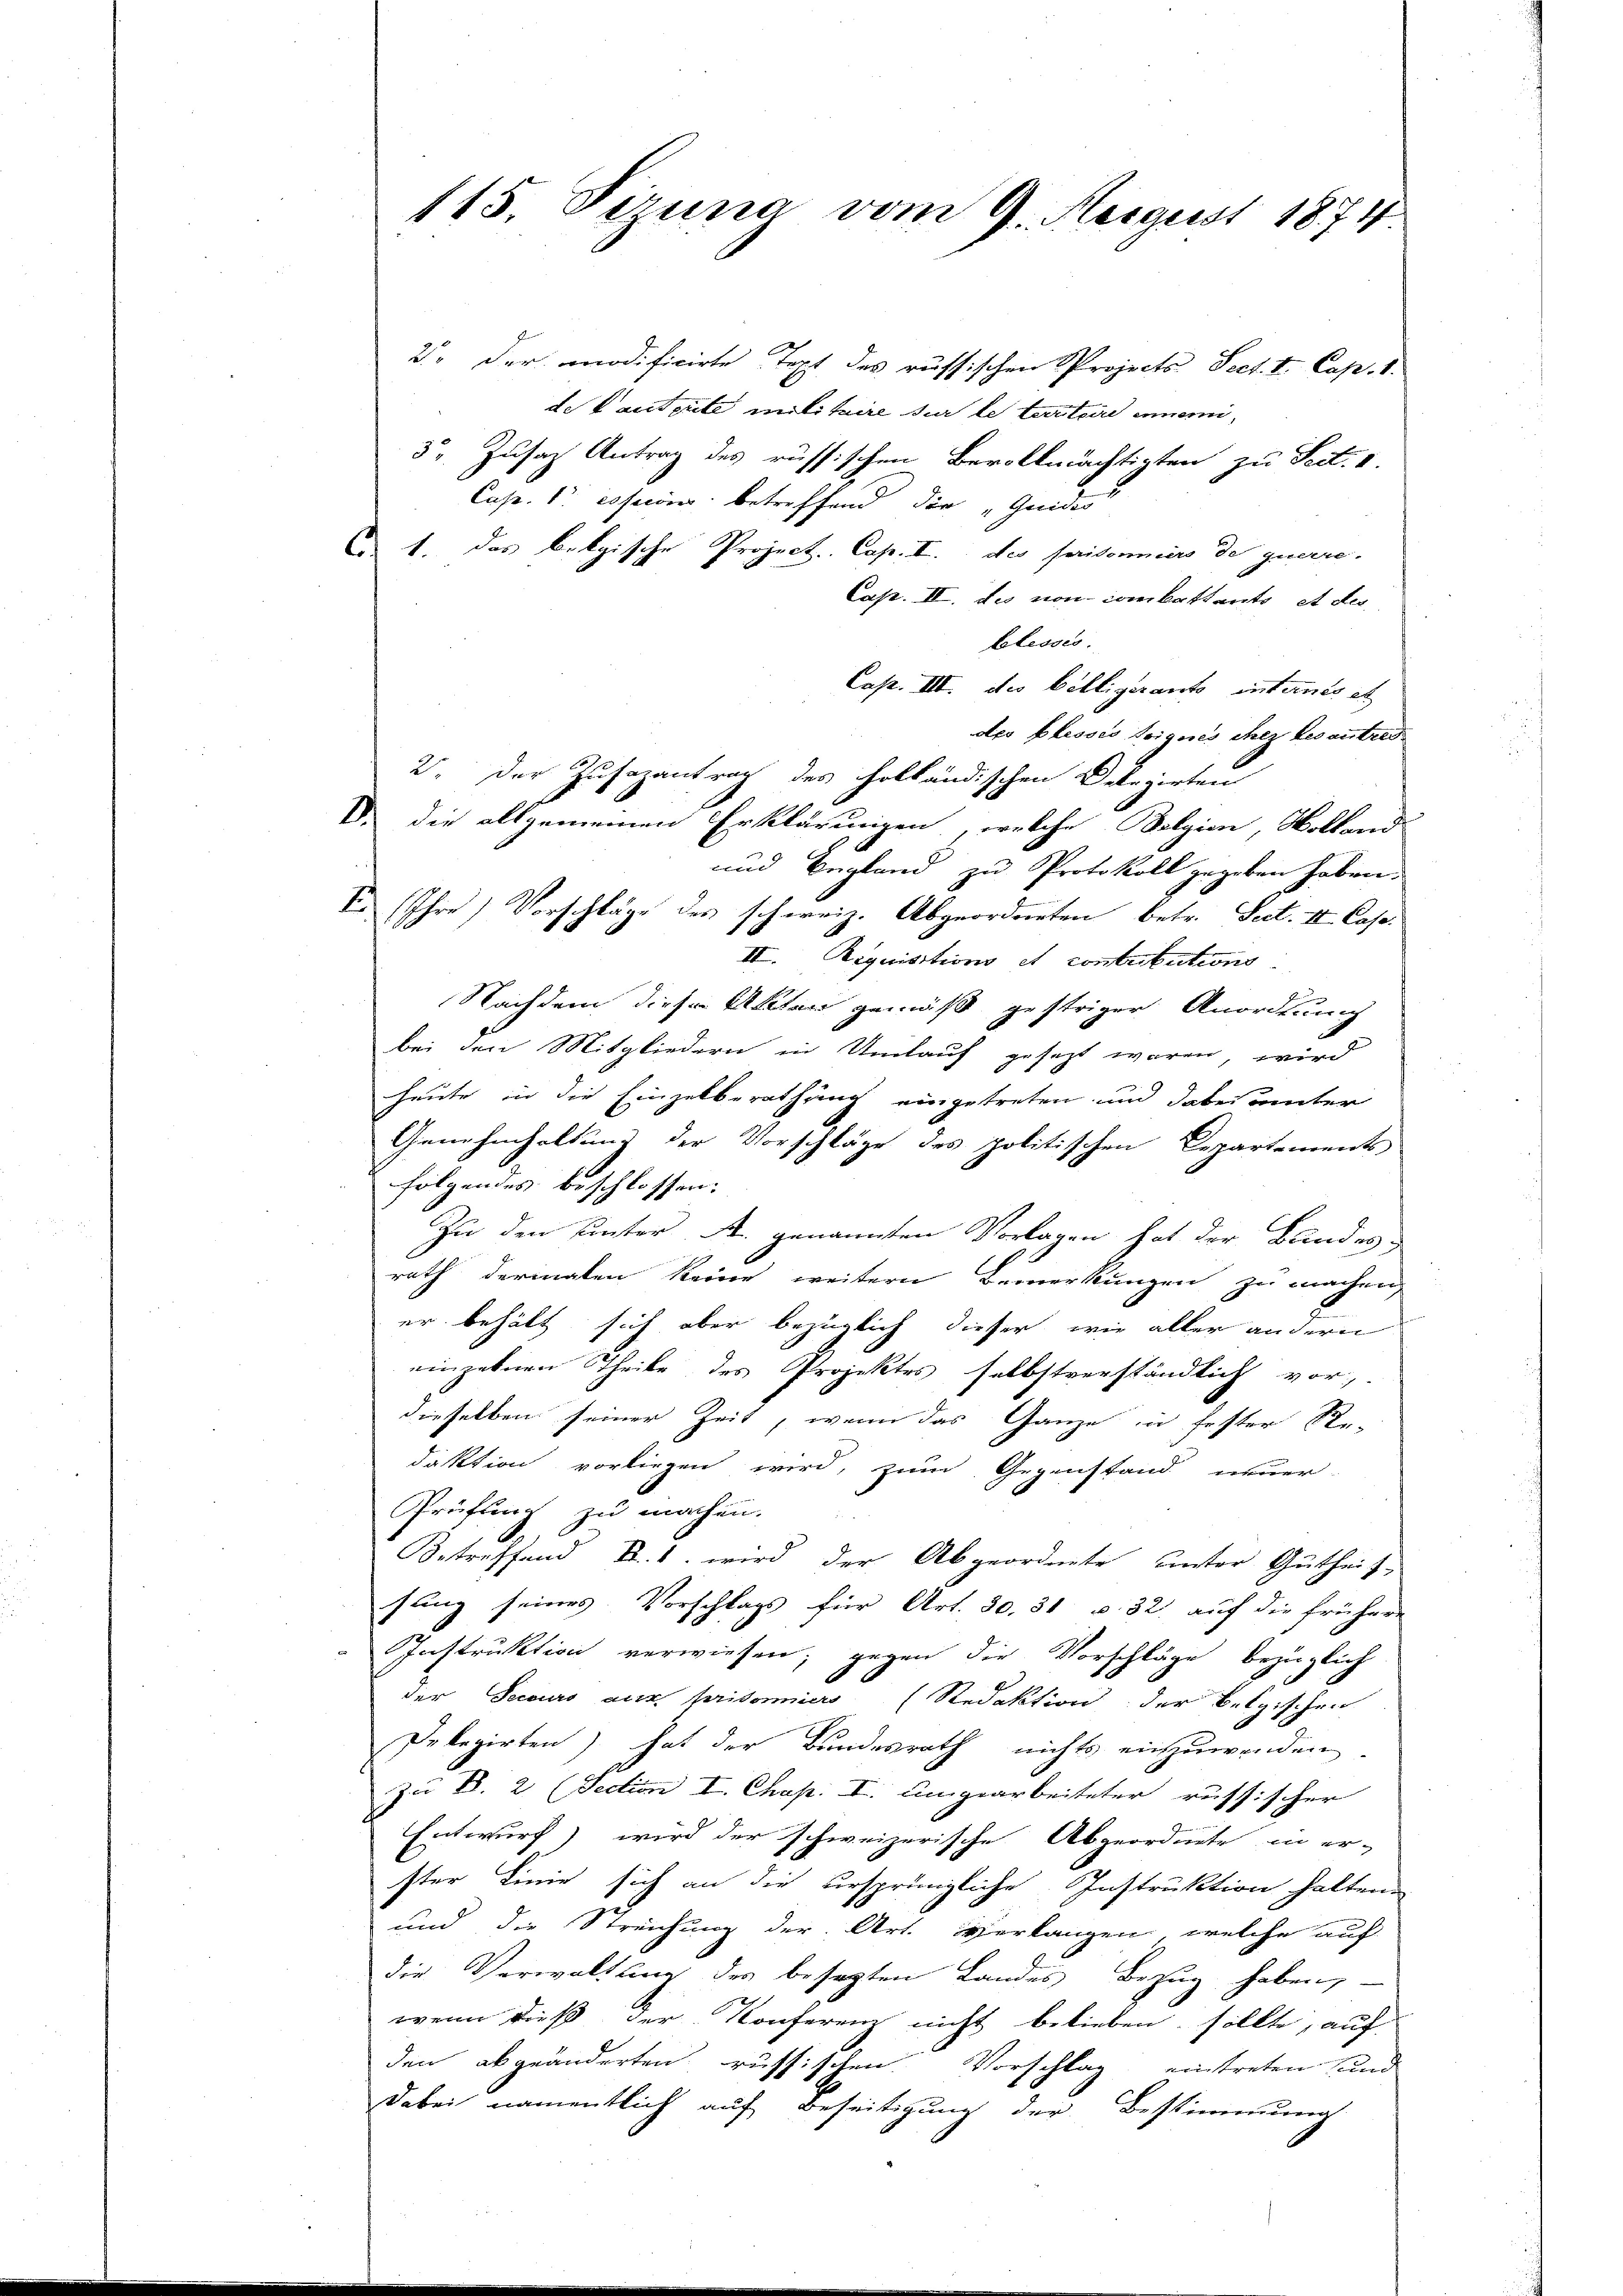
115. Fizuna vom 9. August 1874

2. Der onodificirte Text des russischen Projects Sect. V. Cap. 1.
de Lastente militaire sur le tarteire innemi¬
3 Zusatz Antrag des russischen Bevollmächtigten zu Sect. I.
Cap. 1. es seiner betreffend die „Gandes
 1. das belgische Project. Cap. I. des prisonniers de querre-
Cap. II. des von comkattants et des
blessés.
Cap. III. des Billigerants intants et
des blessio toignés chez des antret
2. Der Zusazantrag des holländischen Delegirten
V. die allgemeinen Erklärungen, welche Belgien, Holland-
und Begland zu Protokoll gegeben haben.
V. Ihre Vorschläge des schweiz. Abgeordneten, betr. Sect. II. Case¬
II. Aequisitions et contributions
Nachdem dieser Akten gemäß gestriger Anordnung
bei den Mitgliedern in Umlauf gesezt waren, wird
heute in die Einzelberathung eingetreten und dabei unter
Genehmhaltung der Vorschläge des politischen Departements
folgendes beschlossen:
Zu den Unter A. genannten Vorlagen hat der Bundes
rath dermalen keine weitern Bemerkungen zu machen,
er behält sich aber bezüglich dieser wie aller andern
einzelnen Theile des Projektes selbstverständlich vor,
dieselben seiner Zeit, wenn das Ganze in fester Redaktion vorliegen wird, zum Gegenstand neuer-
Prüfung zu machen.
Betreffend d. 1. wird der Abgeordnete unter Gutheil-
fang seines Vorschlags für Art. 30. 31 v. 32. auf die frühere
Instruktion verwiesen; gegen die Vorschläge bezüglich
der Secours aux prisoniers (Redaktion der belgischen
Delegirten) hat der Bundesrath nichts einzuwenden
Zu B. 2 (Section I. Chap. I. umgearbeiteter russischer
Entwurf) wird der schweizerische Abgeordnete in er-
ster Linie sich an die ursprüngliche Instruktion haltend
und die Streichung der Art. Verlangen, welche auf
die Verwaltung des besezten Landes Bezug haben,
wenn dieß der Konferenz nicht belieben sollte, auf
den abgeänderten russischen Vorschlag eintreten und
dabei namentlich auf Beseitigung der Bestimmung